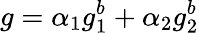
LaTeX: g=\alpha_{1}g_{1}^{b}+\alpha_{2}g_{2}^{b}